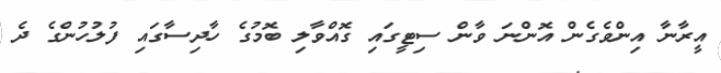
އީރާނާ އިންވެގެން އޮންނަ ވާން ސިޓީގައި ގޮއްވާލި ބޮމުގެ ހާދިސާގައި ފުލުހުންގެ ދެ